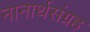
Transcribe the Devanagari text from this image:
नानार्थसंग्रह